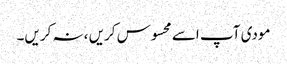
مودی آپ اسے محسوس کریں ،نہ کریں۔